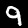
Digit: 9